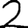
Digit: 2